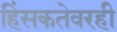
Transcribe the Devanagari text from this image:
हिंसकतेवरही